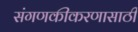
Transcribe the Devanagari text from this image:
संगणकीकरणासाठी